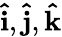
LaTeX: \mathbf{\hat{i}},\mathbf{\hat{j}},\mathbf{\hat{k}}